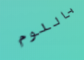
باللوم